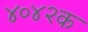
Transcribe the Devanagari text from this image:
४०४२क